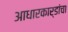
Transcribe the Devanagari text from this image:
आधारकार्डांचा